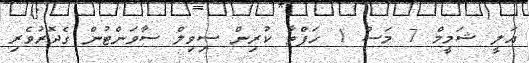
އަލީ ޝަމީމް 7 މަސް 1 ހަފްތާ ކުރިން ސިވިލް ސާވަންޓުން ގެދޮރުވެރި